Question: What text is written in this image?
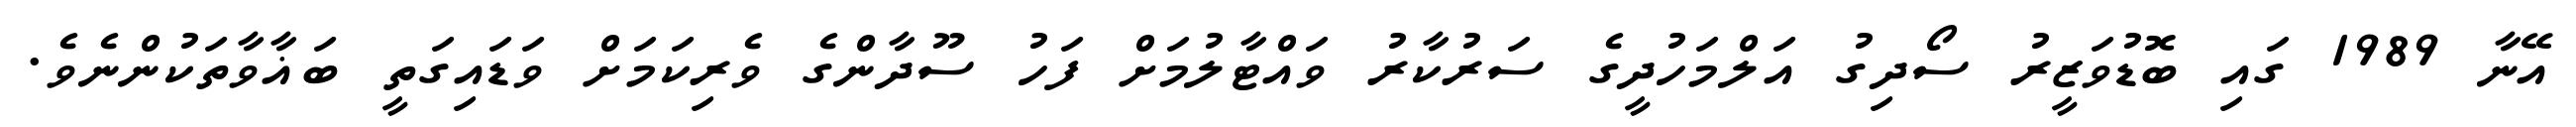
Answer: އޭނާ 1989 ގައި ބޮޑުވަޒީރު ސޯދިގު އަލްމަހުދީގެ ސަރުކާރު ވައްޓާލުމަށް ފަހު ސޫދާންގެ ވެރިކަމަށް ވަޑައިގަތީ ބަޣާވާތަކުންނެވެ.